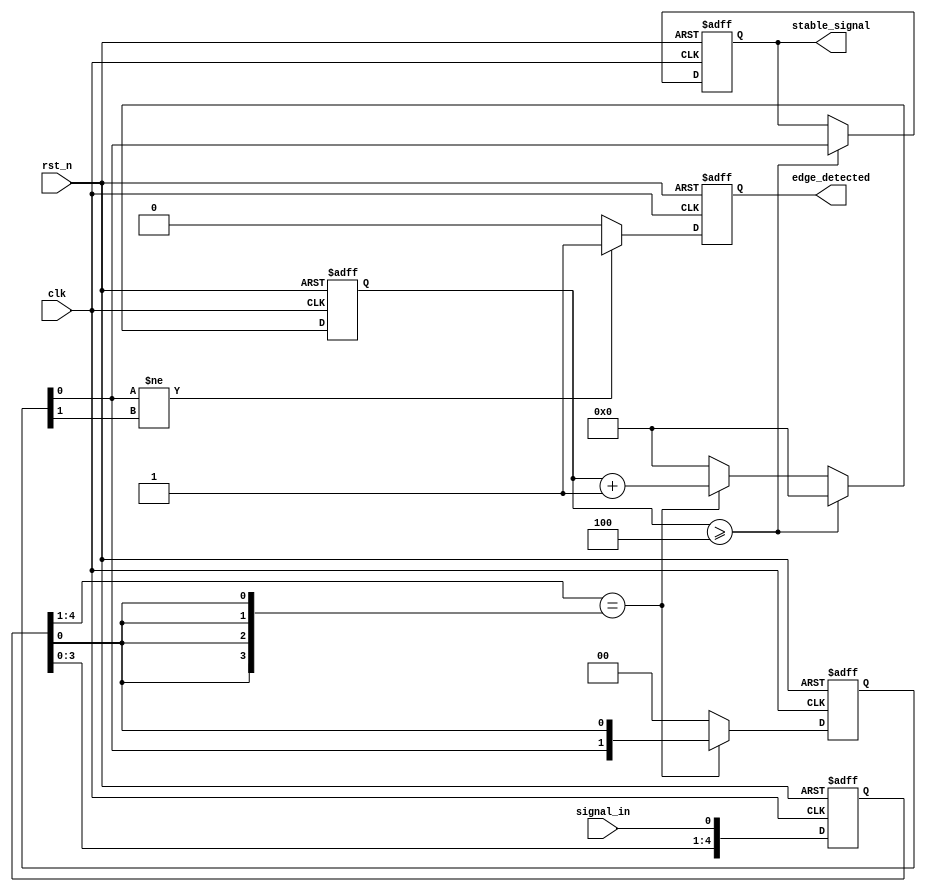
module debounced_edge_detector (
    input wire clk,               // Clock signal
    input wire rst_n,             // Active low reset
    input wire signal_in,         // Input signal (e.g., switch input)
    output reg edge_detected,     // Output signal indicating a detected edge
    output reg stable_signal       // Debounced output signal
);

    // Parameters
    parameter DEBOUNCE_TIME = 4;  // Number of clock cycles for debouncing
    parameter MEMORY_DEPTH = 5;    // Number of memory blocks to store states

    // Internal signals
    reg [MEMORY_DEPTH-1:0] signal_history; // Memory blocks to store past states
    reg [MEMORY_DEPTH-1:0] stable_history; // History of stable states
    reg [3:0] debounce_counter;             // Counter for debounce timing

    // State machine for edge detection
    always @(posedge clk or negedge rst_n) begin
        if (!rst_n) begin
            signal_history <= 0;
            stable_history <= 0;
            debounce_counter <= 0;
            edge_detected <= 0;
            stable_signal <= 0;
        end else begin
            // Shift the input signal into the history
            signal_history <= {signal_history[MEMORY_DEPTH-2:0], signal_in};

            // Check if the input signal is stable
            if (signal_history == {MEMORY_DEPTH{signal_history[0]}}) begin
                stable_history <= {stable_history[MEMORY_DEPTH-2:0], signal_history[0]};
                debounce_counter <= debounce_counter + 1;
            end else begin
                stable_history <= {MEMORY_DEPTH{1'b0}};
                debounce_counter <= 0;
            end

            // Check if debounce time has been reached
            if (debounce_counter >= DEBOUNCE_TIME) begin
                stable_signal <= stable_history[0];
                debounce_counter <= 0; // Reset counter after stable signal is set
            end

            // Edge detection logic
            if (stable_history[0] != stable_history[1]) begin
                edge_detected <= 1; // Edge detected
            end else begin
                edge_detected <= 0; // No edge detected
            end
        end
    end
endmodule